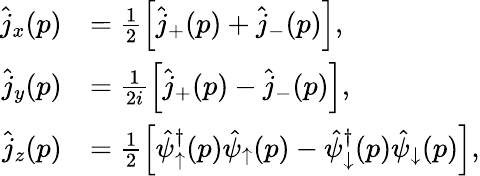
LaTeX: \begin{array}{rl}{\hat{j}_{x}(p)}&{=\frac{1}{2}\left[\hat{j}_{+}(p)+\hat{j}_{-}(p)\right],}\\ {\hat{j}_{y}(p)}&{=\frac{1}{2i}\left[\hat{j}_{+}(p)-\hat{j}_{-}(p)\right],}\\ {\hat{j}_{z}(p)}&{=\frac{1}{2}\left[\hat{\psi}_{\uparrow}^{\dagger}(p)\hat{\psi}_{\uparrow}(p)-\hat{\psi}_{\downarrow}^{\dagger}(p)\hat{\psi}_{\downarrow}(p)\right],}\end{array}